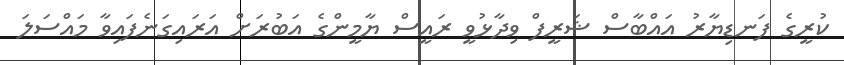
ކުރީގެ ފަނޑިޔާރު އައްބާސް ޝަރީފް ވިދާޅުވީ ރައީސް ޔާމީންގެ އަބުރަށް އަރައިގަނެފައިވާ މައްސަލަ